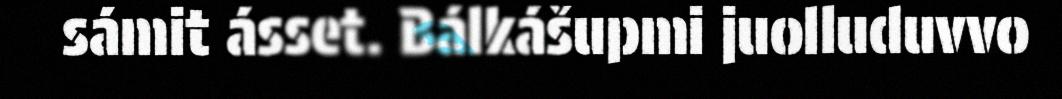
sámit ásset. Bálkášupmi juolluduvvo